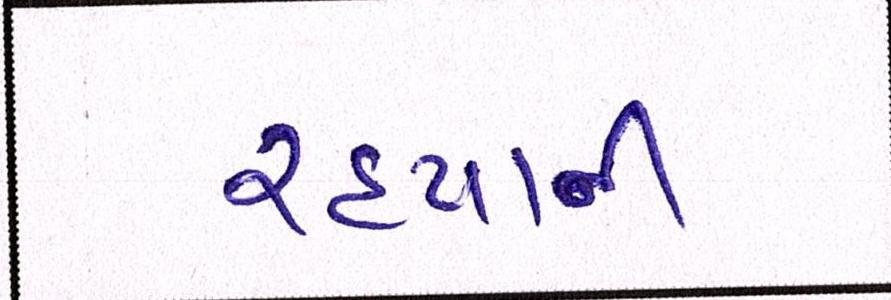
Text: રહ્યાની